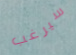
سيرغب